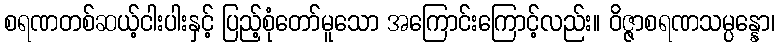
စရဏတစ်ဆယ့်ငါးပါးနှင့် ပြည့်စုံတော်မူသော အကြောင်းကြောင့်လည်း။ ဝိဇ္ဇာစရဏသမ္ပန္နော၊